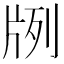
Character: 𤖺